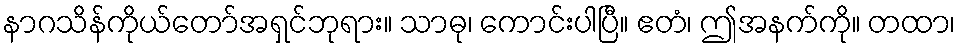
နာဂသိန်ကိုယ်တော်အရှင်ဘုရား။ သာဓု၊ ကောင်းပါပြီ။ ဧတံ၊ ဤအနက်ကို။ တထာ၊